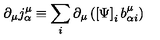
\partial _ { \mu } j _ { \alpha } ^ { \mu } \equiv \sum _ { i } \partial _ { \mu } \left( \left[ \Psi \right] _ { i } b _ { \alpha i } ^ { \mu } \right)